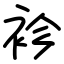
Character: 袗